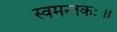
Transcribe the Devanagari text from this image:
स्वमन्तकः॥